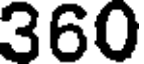
360